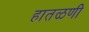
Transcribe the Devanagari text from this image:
हातळणी